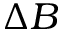
\Delta B